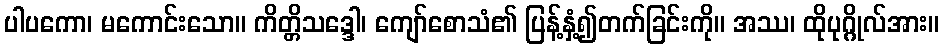
ပါပကော၊ မကောင်းသော။ ကိတ္တိသဒ္ဒေါ၊ ကျော်စောသံ၏ ပြန့်နှံ့၍တက်ခြင်းကို။ အဿ၊ ထိုပုဂ္ဂိုလ်အား။